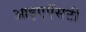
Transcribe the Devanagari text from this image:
आइएऍसटी